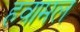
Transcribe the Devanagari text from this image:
हवामल